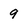
Character: 9